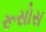
રૂસોસ